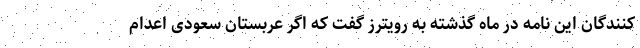
کنندگان این نامه در ماه گذشته به رویترز گفت که اگر عربستان سعودی اعدام